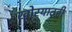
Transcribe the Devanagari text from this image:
खोर्‍यातही